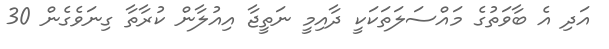
އަދި އެ ބާވަތުގެ މައްސަލަތަކަކީ ދާއިމީ ނަތީޖާ އިއުލާން ކުރާތާ ގިނަވެގެން 30